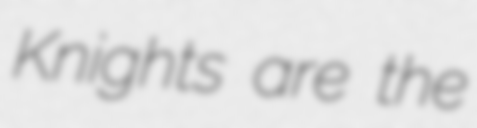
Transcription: Knights are the